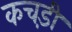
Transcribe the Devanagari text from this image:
कचड़ी